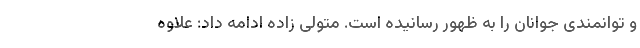
و توانمندی جوانان را به ظهور رسانیده است. متولی زاده ادامه داد: علاوه